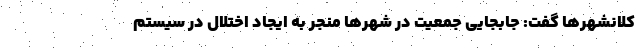
کلانشهرها گفت: جابجایی جمعیت در شهرها منجر به ایجاد اختلال در سیستم